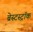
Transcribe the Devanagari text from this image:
ब्रेस्टस्ट्रॉक